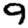
Digit: 9